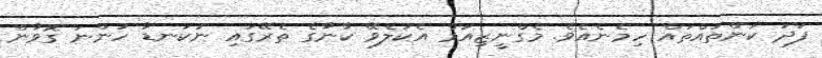
ފަދަ ކަންތައްތައް ހިމެނެއެވެ. މެގްނީޒިއަމް އެކުލެވޭ ކާނާގެ ތެރޭގައި ނުކަނޑާ ހުންނަ ގޮވާން